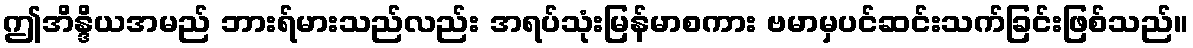
ဤအိန္ဒိယအမည် ဘားရ်မားသည်လည်း အရပ်သုံးမြန်မာစကား ဗမာမှပင်ဆင်းသက်ခြင်းဖြစ်သည်။